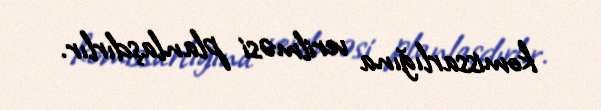
komissarlığına verilməsi planlaşdırlır.